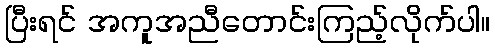
ပြီးရင် အကူအညီတောင်းကြည့်လိုက်ပါ။